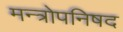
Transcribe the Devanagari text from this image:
मन्त्रोपनिषद